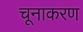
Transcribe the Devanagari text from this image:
चूनाकरण